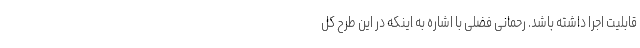
قابلیت اجرا داشته باشد. رحمانی فضلی با اشاره به اینکه در این طرح کل